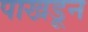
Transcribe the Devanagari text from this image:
पाखडून